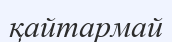
қайтармай